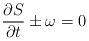
\begin{align*}\frac{\partial S}{ \partial t} \pm \omega =0\end{align*}